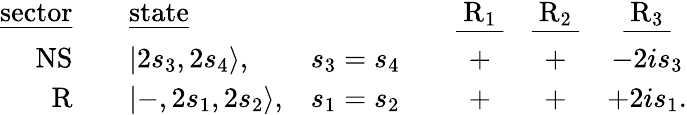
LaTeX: \begin{array}{rcllcccc}{{\mathrm{\underline{{{sector}}}}}}&{{{}}}&{{\mathrm{\underline{{{state}}}}}}&{{{}}}&{{{}}}&{{\mathrm{\underline{{{~R_{1}~}}}}}}&{{\mathrm{\underline{{{~R_{2}~}}}}}}&{{\mathrm{\underline{{{~R_{3}~}}}}}}\\ {{\mathrm{NS}}}&{{{}}}&{{|2s_{3},2s_{4}\rangle,}}&{{s_{3}=s_{4}}}&{{{}}}&{{+}}&{{+}}&{{-2is_{3}}}\\ {{\mathrm{R}}}&{{{}}}&{{|-,2s_{1},2s_{2}\rangle,}}&{{s_{1}=s_{2}}}&{{{}}}&{{+}}&{{+}}&{{+2is_{1}.}}\end{array}